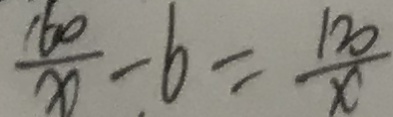
\frac { 1 6 0 } { x } - 6 = \frac { 1 2 0 } { x }